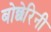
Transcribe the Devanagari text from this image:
बोछेरिनी